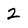
Character: 2